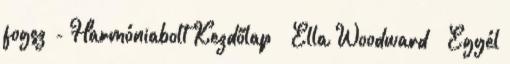
fogsz - Harmóniabolt Kezdőlap » Ella Woodward – Egyél